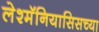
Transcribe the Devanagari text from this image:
लेश्मॅनियासिसच्या